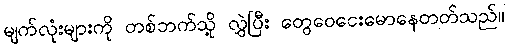
မျက်လုံးများကို တစ်ဘက်သို့ လွှဲပြီး တွေဝေငေးမောနေတတ်သည်။